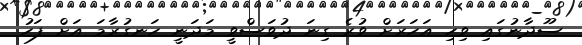
ސޫދާނުގައި ވިހި އަހަރަށް ވުރެ ގިނަ ދުވަސްވީ މަދަނީ ހަނގުރާމަ އަށް ފަހު